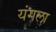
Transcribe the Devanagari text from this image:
यंगला